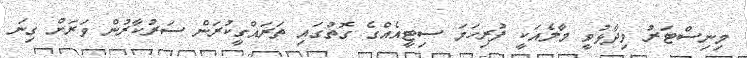
މިނިސްޓަރު ވިދާޅުވީ މާލެއަކީ ފުރިހަމަ ސިޓީއެއްގެ ގޮތުގައި ތަރައްގީކުރަން ސަރުކާރުން ވަރަށް ގިނަ